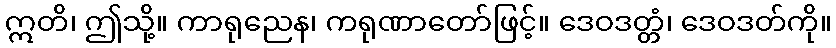
ဣတိ၊ ဤသို့။ ကာရုညေန၊ ကရုဏာတော်ဖြင့်။ ဒေဝဒတ္တံ၊ ဒေဝဒတ်ကို။